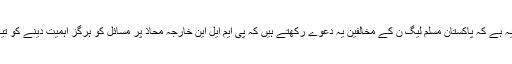
حقیقت یہ ہے کہ پاکستان مسلم لیگ ن کے مخالفین یہ دعوے رکھتے ہیں کہ پی ایم ایل این خارجہ محاذ پر مسائل کو ہرگز اہمیت دینے کو تیار نہیں۔